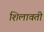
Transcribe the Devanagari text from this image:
शिलावती